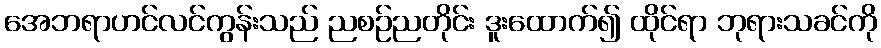
အေဘရာဟင်လင်ကွန်းသည် ညစဉ်ညတိုင်း ဒူးထောက်၍ ထိုင်ရာ ဘုရားသခင်ကို